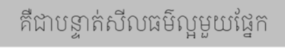
គឺជាបន្ទាត់សីលធម៌ល្អមួយផ្នែក